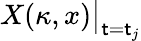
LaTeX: X(\kappa,x)\big|_{\mathsf{t}=\mathsf{t}_{j}}